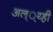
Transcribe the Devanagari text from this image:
अल््य्ही